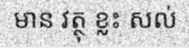
មាន វត្ថុ ខ្លះ សល់